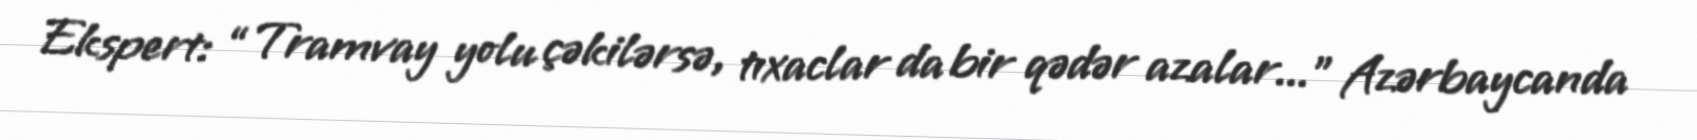
Ekspert: “Tramvay yolu çəkilərsə, tıxaclar da bir qədər azalar...” Azərbaycanda